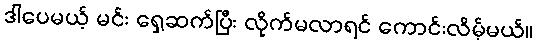
ဒါပေမယ့် မင်း ရှေ့ဆက်ပြီး လိုက်မလာရင် ကောင်းလိမ့်မယ်။